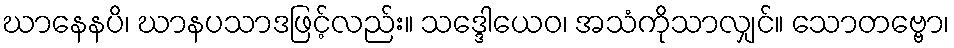
ဃာနေနပိ၊ ဃာနပသာဒဖြင့်လည်း။ သဒ္ဒေါယေဝ၊ အသံကိုသာလျှင်။ သောတဗ္ဗော၊